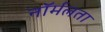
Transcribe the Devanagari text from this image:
नॉर्मलता